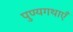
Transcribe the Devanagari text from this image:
पुण्यगथाएँ